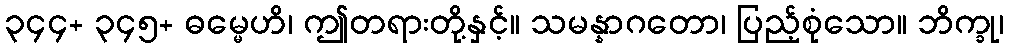
၃၄၄+ ၃၄၅+ ဓမ္မေဟိ၊ ဤတရားတို့နှင့်။ သမန္နာဂတော၊ ပြည့်စုံသော။ ဘိက္ခု၊